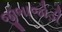
જીભાજોડી